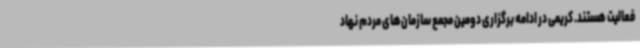
فعالیت هستند. کریمی در ادامه برگزاری دومین مجمع سازمان‌های مردم نهاد